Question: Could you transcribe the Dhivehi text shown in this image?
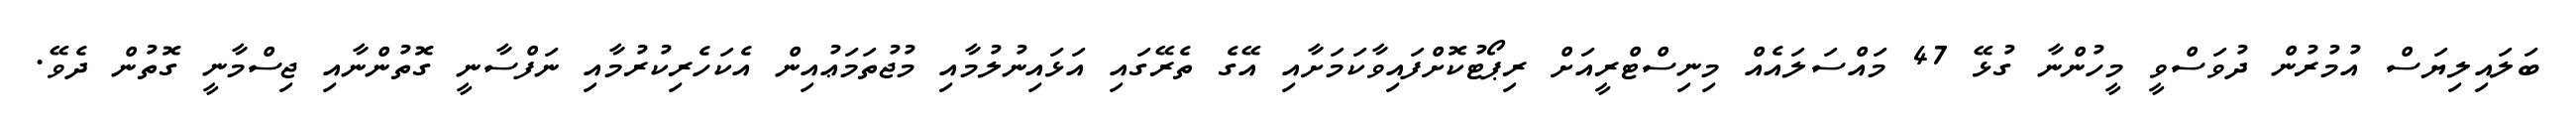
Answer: ބަލައިލިޔަސް އުމުރުން ދުވަސްވީ މީހުންނާ ގުޅޭ 47 މައްސަލައެއް މިނިސްޓްރީއަށް ރިޕޯޓުކޮށްފައިވާކަމަށާއި އޭގެ ތެރޭގައި އަޅައިނުލުމާއި މުޖުތަމަޢުއިން އެކަހެރިކުރުމާއި ނަފްސާނީ ގޮތުންނާއި ޖިސްމާނީ ގޮތުން ދެވޭ.